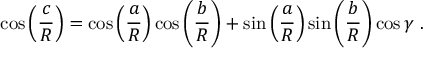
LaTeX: \cos \left( { \frac { c } { R } } \right) = \cos \left( { \frac { a } { R } } \right) \cos \left( { \frac { b } { R } } \right) + \sin \left( { \frac { a } { R } } \right) \sin \left( { \frac { b } { R } } \right) \cos \gamma \ .